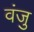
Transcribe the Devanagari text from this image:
वंजु